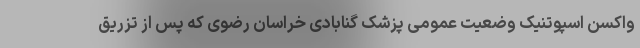
واکسن اسپوتنیک وضعیت عمومی پزشک گنابادی خراسان رضوی که پس از تزریق